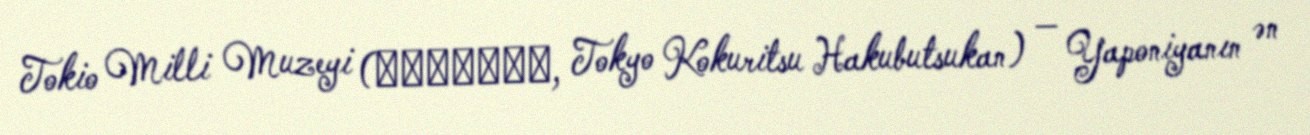
Tokio Milli Muzeyi (東京国立博物館, Tokyo Kokuritsu Hakubutsukan) — Yaponiyanın ən